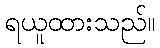
ရယူထားသည်။